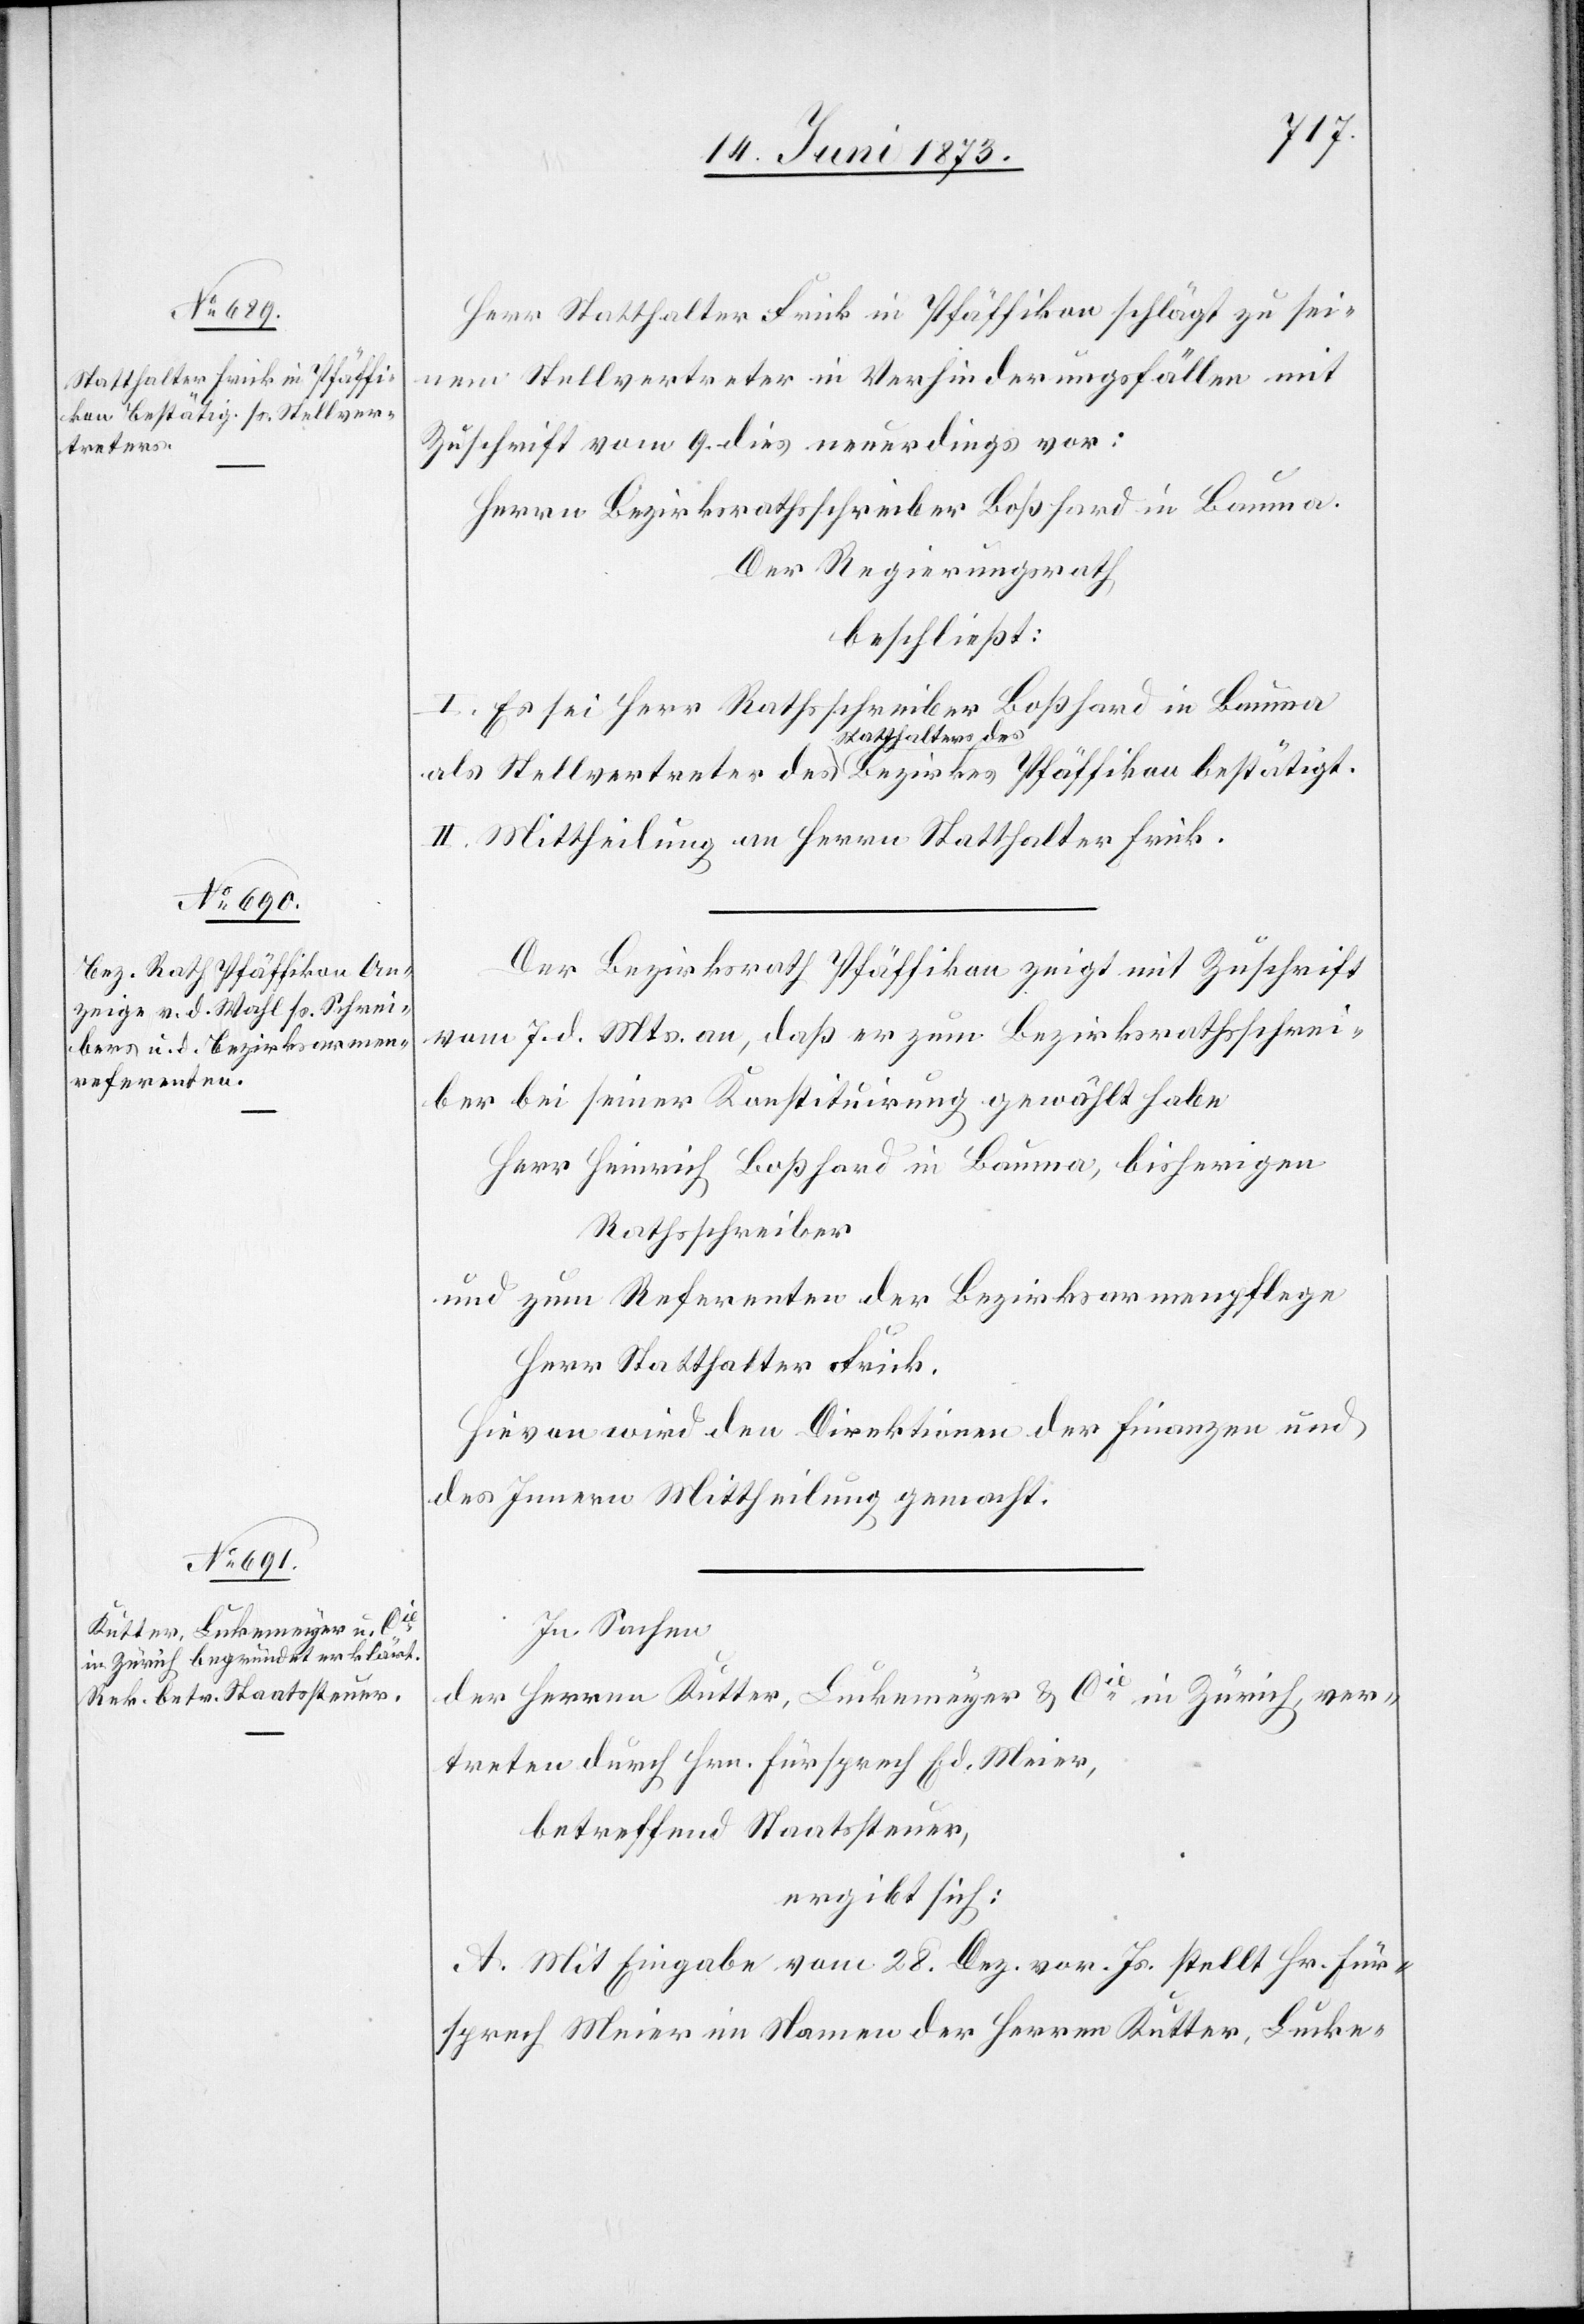
Herr Statthalter Frick in Pfäffikon schlägt zu sei¬
nem Stellvertreter in Verhinderungsfällen mit
Zuschrift vom 9. dies neuerdings vor:
Herrn Bezirksrathsschreiber Boßhard in Bauma.
Der Regierungsrath
beschließt:
I. Es sei Herr Rathsschreiber Boßhard in Bauma
als Stellvertreter des Statthalters des Bezirkes Pfäffikon bestätigt.
II. Mittheilung an Herrn Statthalter Frick.
Der Bezirksrath Pfäffikon zeigt mit Zuschrift
vom 7. d. Mts. an, daß er zum Bezirksrathsschrei¬
ber bei seiner Konstituirung gewählt habe
Herr Heinrich Boßhard in Bauma, bisherigen
Rathsschreiber
und zum Referenten der Bezirksarmenpflege
Herr Statthalter Frick.
Hievon wird den Direktionen der Finanzen d¬
es Innern Mittheilung gemacht.
In Sachen
der Herren Kutter, Luckemeyer [sic!] & Cie in Zürich, ver¬
treten durch Hrn. Fürsprech Ed. Meier,
betreffend Staatssteuer,
ergibt sich:
A. Mit Eingabe vom 28. Dez. vor. Js. stellt Hr. Für¬
sprech Meier im Namen der Herren Kutter, Lucke-